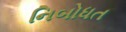
નિબોધત